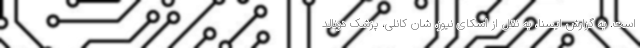
است. به گزارش ایسنا، به نقل از اسکای نیوز، شان کانلی، پزشک دونالد